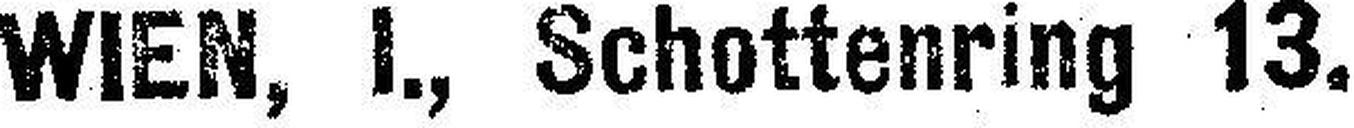
WIEN, I., Schottenring 13.